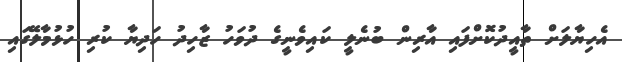
އެހިޔާލަށް ތާއީދުކޮށްފައި އާރިން ބުނެލީ ކައިވެނީގެ ދުވަހު ޒާހިދު ހަދިޔާ ކުރި ހުޅުމާލޭގައި